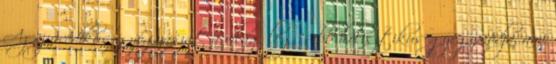
Az ájurvédikus gyógyászat a világ legősibb holisztikus gyógymódja, ami